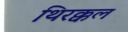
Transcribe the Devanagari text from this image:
थिरक्कल